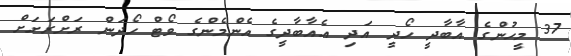
37 މީހުންގެ އާބާދީ ހޯދީ އަދި އެއާބާދީގެ އެންމެންގެ ވޯޓް ހޯދަން ރަށްރަށަށް